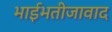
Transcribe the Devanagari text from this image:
भाईभतीजावाद